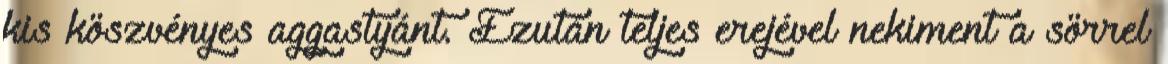
kis köszvényes aggastyánt. Ezután teljes erejével nekiment a sörrel